Vaccination in Bombay 1856-1862 - 1856-1862
Year: 1856
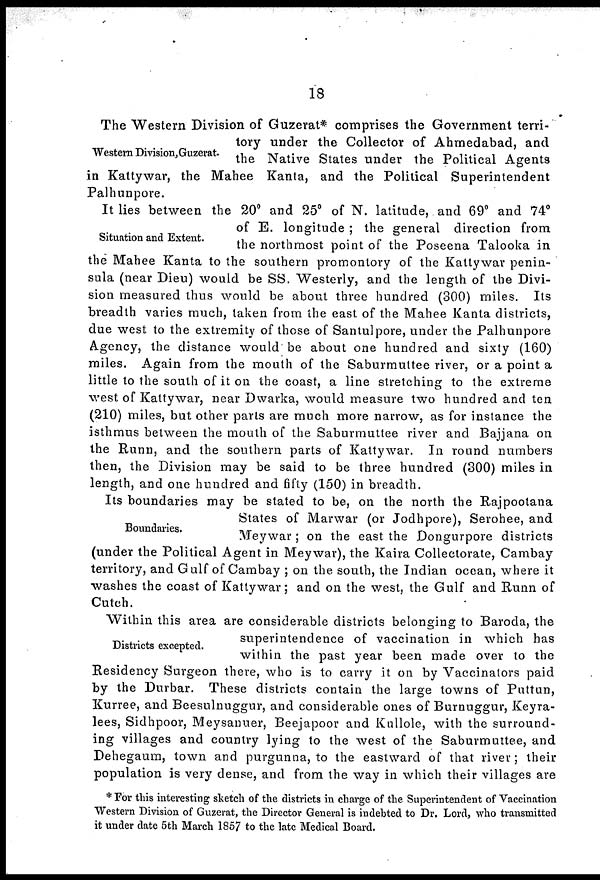
18
Western Division, Guzerat.
The Western Division of Guzerat* comprises the Government terri-
tory under the Collector of Ahmedabad, and
the Native States under the Political Agents
in Kattywar, the Mahee Kanta, and the Political Superintendent
Palhunpore.
Situation and Extent.
It lies between the 20° and 25° of N. latitude, and 69° and 74°
of E. longitude ; the general direction from
the northmost point of the Poseena Talooka in
the Mahee Kanta to the southern promontory of the Kattywar penin-
sula (near Dieu) would be SS. Westerly, and the length of the Divi-
sion measured thus would be about three hundred (300) miles. Its
breadth varies much, taken from the east of the Mahee Kanta districts,
due west to the extremity of those of Santulpore, under the Palhunpore
Agency, the distance would be about one hundred and sixty (160)
miles. Again from the mouth of the Saburmuttee river, or a point a
little to the south of it on the coast, a line stretching to the extreme
west of Kattywar, near Dwarka, would measure two hundred and ten
(210) miles, but other parts are much more narrow, as for instance the
isthmus between the mouth of the Saburmuttee river and Bajjana on
the Runn, and the southern parts of Kattywar. In round numbers
then, the Division may be said to be three hundred (300) miles in
length, and one hundred and fifty (150) in breadth.
Boundaries.
Its boundaries may be stated to be, on the north the Rajpootana
States of Marwar (or Jodhpore), Serohee, and.
Meywar; on the east the Dongurpore districts
(under the Political Agent in Meywar), the Kaira Collectorate, Cambay
territory, and Gulf of Cambay ; on the south, the Indian ocean, where it
washes the coast of Kattywar; and on the west, the Gulf and Runn of
Cutch.
Districts excepted.
Within this area are considerable districts belonging to Baroda, the
superintendence of vaccination in which has
within the past year been made over to the
Residency Surgeon there, who is to carry it on by Vaccinators paid
by the Durbar. These districts contain the large towns of Puttun,
Kurree, and Beesulnuggur, and considerable ones of Burnuggur, Keyra-
lees, Sidhpoor, Meysanuer, Beejapoor and Kullole, with the surround-
ing villages and country lying to the west of the Saburmuttee, and
Dehegaum, town and purgunna, to the eastward of that river; their
population is very dense, and from the way in which their villages are
* For this interesting sketch of the districts in charge of the Superintendent of Vaccination
"Western Division of Guzerat, the Director General is indebted to Dr. Lord, who transmitted
it under date 5th March 1857 to the late Medical Board.